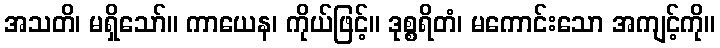
အသတိ၊ မရှိသော်။ ကာယေန၊ ကိုယ်ဖြင့်။ ဒုစ္စရိတံ၊ မကောင်းသော အကျင့်ကို။